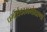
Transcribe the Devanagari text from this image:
धर्मार्थकाममोक्षाणा